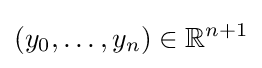
(y_{0},\ldots ,y_{n})\in \mathbb {R} ^{n+1}